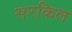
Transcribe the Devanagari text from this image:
सरकिल